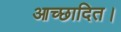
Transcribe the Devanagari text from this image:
आच्छादित।